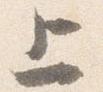
上